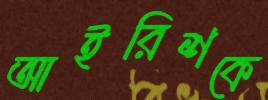
আইরিশকে